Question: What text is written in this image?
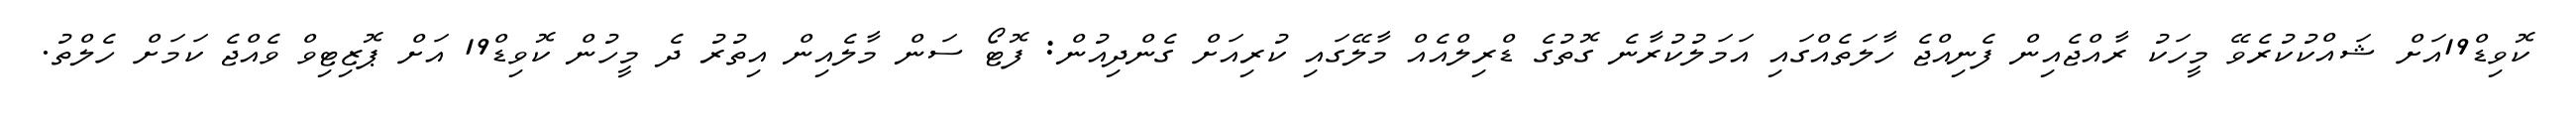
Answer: ކޮވިޑް19އަށް ޝައްކުކުރެވޭ މީހަކު ރާއްޖެއިން ފެނިއްޖެ ހާލަތެއްގައި އަމަލުކުރާނެ ގޮތުގެ ޑްރިލްއެއް މާލޭގައި ކުރިއަށް ގެންދިއުން: ފޮޓޯ ސަން މާލެއިން އިތުރު ދެ މީހުން ކޮވިޑް19 އަށް ޕޮޒިޓިވް ވެއްޖެ ކަމަށް ހެލްތު.